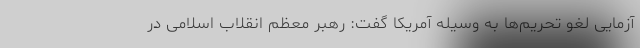
آزمایی لغو تحریم‌ها به وسیله آمریکا گفت: رهبر معظم انقلاب اسلامی در